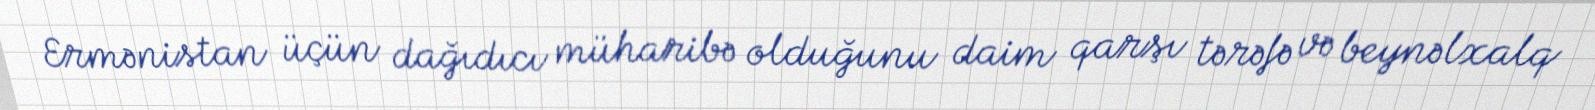
Ermənistan üçün dağıdıcı müharibə olduğunu daim qarşı tərəfə və beynəlxalq